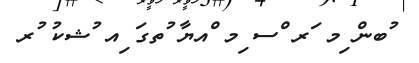
ުބން ިމ ަރ ްސ ިމ ްއޔާ ުތގަ ިއ ުޝކު ުރ